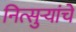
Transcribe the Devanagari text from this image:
नित्सुर्‍यांचे